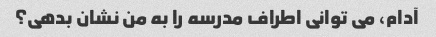
آدام، می توانی اطراف مدرسه را به من نشان بدهی؟